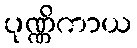
ပုဏ္ဏိကာယ